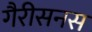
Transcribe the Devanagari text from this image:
गैरीसनस